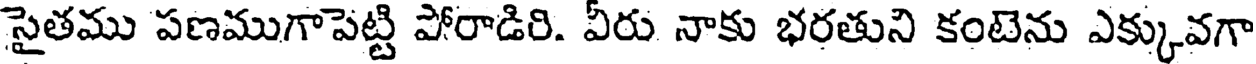
సైతము పణముగాపెట్టి పోరాడిరి. వీరు నాకు భరతుని కంటెను ఎక్కువగా